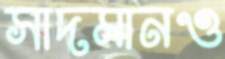
সাদমানও